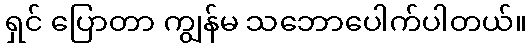
ရှင် ပြောတာ ကျွန်မ သဘောပေါက်ပါတယ်။